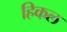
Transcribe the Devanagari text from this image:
हिकल